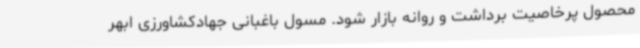
محصول پرخاصیت برداشت و روانه بازار شود. مسول باغبانی جهادکشاورزی ابهر